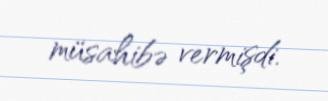
müsahibə vermişdi.